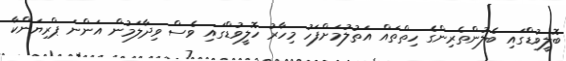
ބޮލީވުޑްގައި ބެލުންތެރިންގެ ހިތްތައް އަތުލުމަށްފަހު މިހާރު ހޮލީވުޑްގައި ވެސް ވިދާލަމުން އަންނަ ޕްރިޔަންކާ